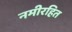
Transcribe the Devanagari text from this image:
नमीरहित